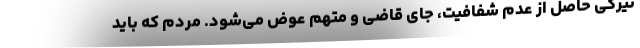
تیرگی حاصل از عدم شفافیت، جای قاضی و متهم عوض می‌شود. مردم که باید